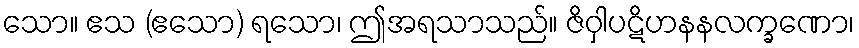
သော။ ဧသ (ဧသော) ရသော၊ ဤအရသာသည်။ ဇိဝှါပဋိဟနနလက္ခဏော၊